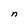
Character: n